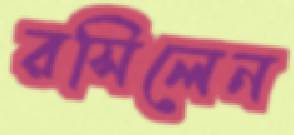
রসিলেন